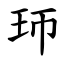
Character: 㺰